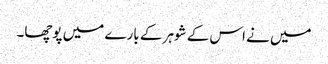
میں نے اس کے شوہر کے بارے میں پوچھا۔